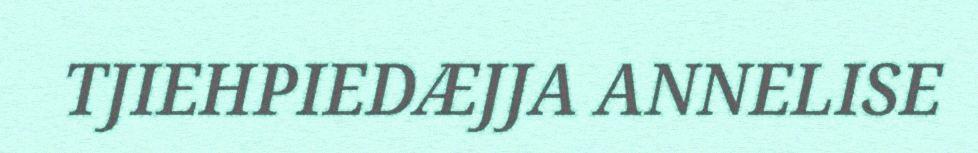
TJIEHPIEDÆJJA ANNELISE